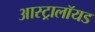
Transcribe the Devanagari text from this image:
आस्ट्रालॉयड